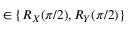
\in \{ R _ { X } ( \pi / 2 ) , R _ { Y } ( \pi / 2 ) \}